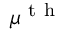
\mu ^ { \mathrm { ~ t ~ h ~ } }